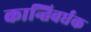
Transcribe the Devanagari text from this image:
कान्तिवर्धक